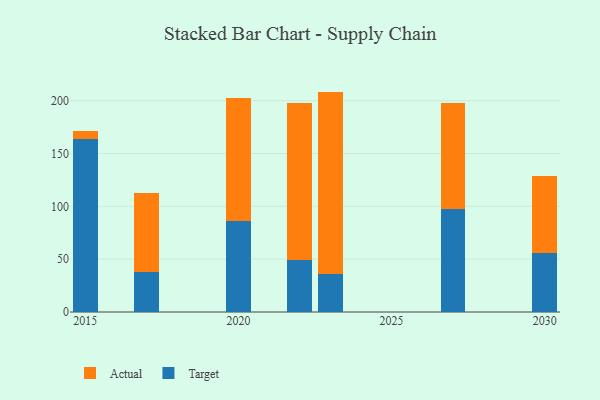
{"axis": {"x": "Year", "y": "Waste Production (Tons)"}, "legend": ["Actual", "Target"], "data": [{"x": "2023", "y": 36.2, "type": "Target"}, {"x": "2023", "y": 172.4, "type": "Actual"}, {"x": "2027", "y": 97.6, "type": "Target"}, {"x": "2027", "y": 99.8, "type": "Actual"}, {"x": "2017", "y": 37.4, "type": "Target"}, {"x": "2017", "y": 74.8, "type": "Actual"}, {"x": "2030", "y": 55.5, "type": "Target"}, {"x": "2030", "y": 73.1, "type": "Actual"}, {"x": "2022", "y": 49.6, "type": "Target"}, {"x": "2022", "y": 147.9, "type": "Actual"}, {"x": "2020", "y": 85.9, "type": "Target"}, {"x": "2020", "y": 116.8, "type": "Actual"}, {"x": "2015", "y": 163.6, "type": "Target"}, {"x": "2015", "y": 7.5, "type": "Actual"}]}